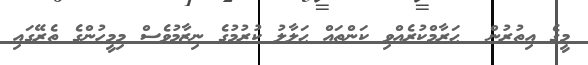
މީގެ އިތުރުން  ޙަރާމްކުރެއްވި ކަންތައް ޙަލާލު ކުރުމުގެ ނިޒާމުވެސް މިމީހުންގެ ތެރޭގައި